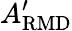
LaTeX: A_{\mathrm{RMD}}^{\prime}